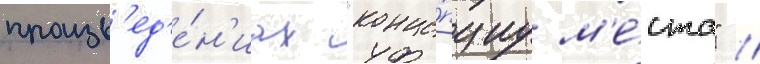
произв'ед'е́н'иах "конце́пциу м'е́ста" //